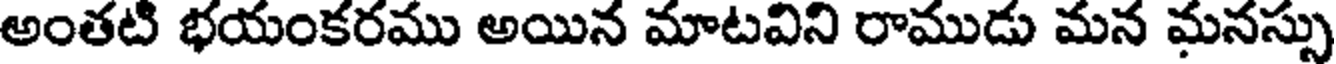
అంతటి భయంకరము అయిన మాటవిని రాముడు మన మనస్సు